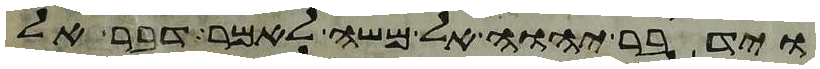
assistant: וידבר יהוה אל משה לאמר דבר אל